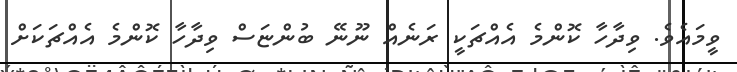
ވީމައެވެ. ވިދާހާ ކޮންމެ އެއްޗަކީ ރަނެއް ނޫނޭ ބުންޏަސް ވިދާހާ ކޮންމެ އެއްޗަކަށް